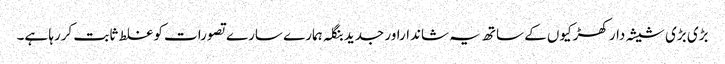
بڑی بڑی شیشہ دار کھڑکیوں کے ساتھ یہ شانداراور جدید بنگلہ ہمارے سارے تصورات کو غلط ثابت کررہا ہے۔